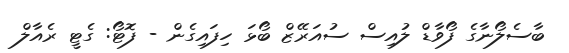
ބާސެލޯނާގެ ފޯވާޑް ލުއިސް ސުއަރޭޒް ބޯޅަ ހިފައިގެން - ފޮޓޯ: ގެޓީ ރެއާލް